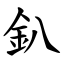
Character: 釟